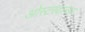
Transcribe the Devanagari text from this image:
ओस्टरवाल्डर